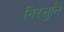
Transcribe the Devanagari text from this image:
निरसुनि